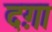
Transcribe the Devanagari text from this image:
दग़ा